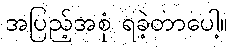
အပြည့်အစုံ ရခဲ့တာပေါ့။